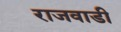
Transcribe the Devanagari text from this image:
राजवाडी